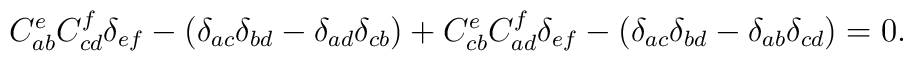
C_{ab}^eC_{cd}^f\delta _{ef}-(\delta _{ac}\delta _{bd}-\delta _{ad}\delta_{cb})+C_{cb}^eC_{ad}^f\delta _{ef}-(\delta _{ac}\delta _{bd}-\delta_{ab}\delta _{cd})=0.